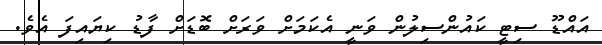
އައްޑޫ ސިޓީ ކައުންސިލުން ވަނީ އެކަމަށް ވަރަށް ބޮޑަށް ފާޑު ކިޔައިފަ އެވެ.